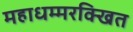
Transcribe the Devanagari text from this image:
महाधम्मरक्खित